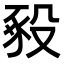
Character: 𧰵